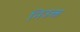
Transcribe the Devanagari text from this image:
निउक्त